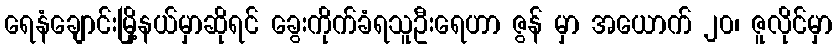
ရေနံချောင်းမြို့နယ်မှာဆိုရင် ခွေးကိုက်ခံရသူဦးရေဟာ ဇွန် မှာ အယောက် ၂၀၊ ဇူလိုင်မှာ